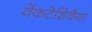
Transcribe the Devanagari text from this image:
वेंकटेशिवैया